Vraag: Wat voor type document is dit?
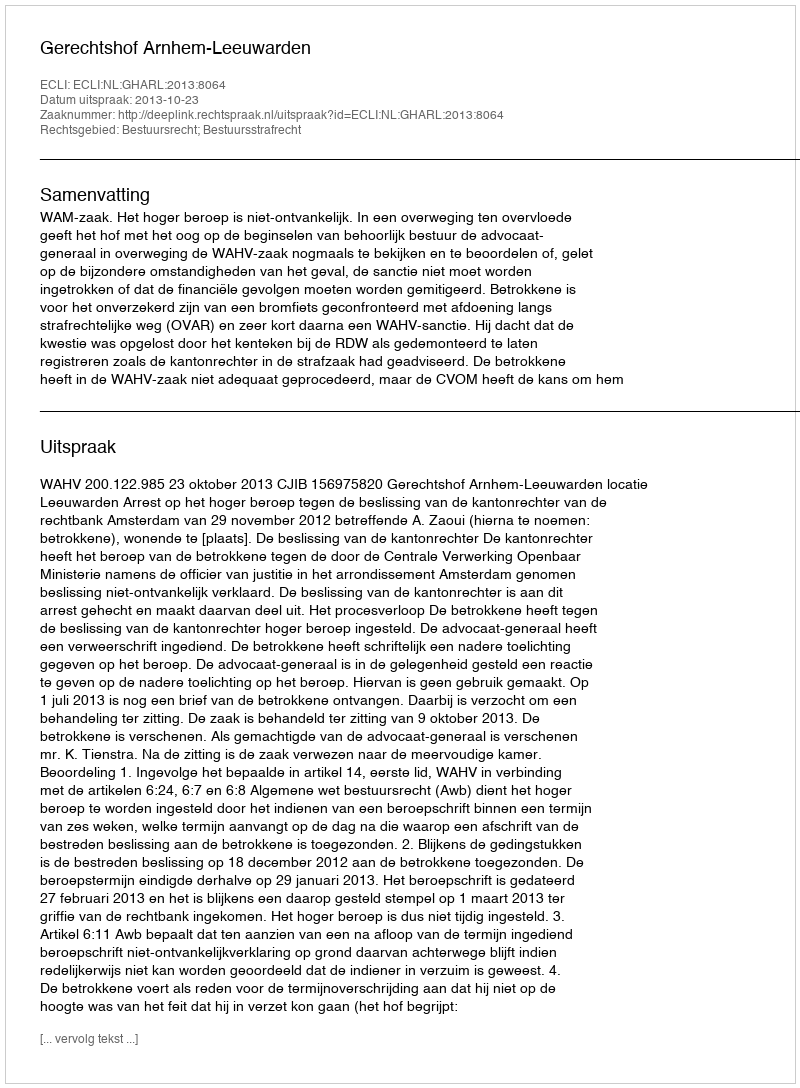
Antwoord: Uitspraak